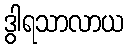
ဒွါရသာလာယ